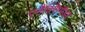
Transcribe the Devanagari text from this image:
एनैक्सिमैंडर